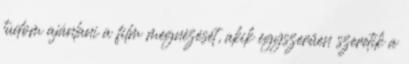
tudom ajánlani a film megnézését, akik egyszerűen szeretik a